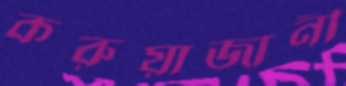
করুয়াজানী